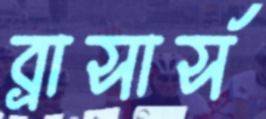
ব্রাসার্স